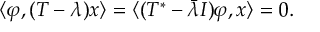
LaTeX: \langle \varphi , ( T - \lambda ) x \rangle = \langle ( T ^ { * } - { \bar { \lambda } } I ) \varphi , x \rangle = 0 .